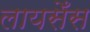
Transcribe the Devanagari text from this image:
लायसेँस